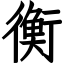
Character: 衡